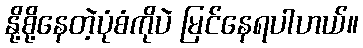
နို့စို့နေတဲ့ပုံစံကိုပဲ မြင်နေရပါဟယ်။